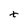
Character: t